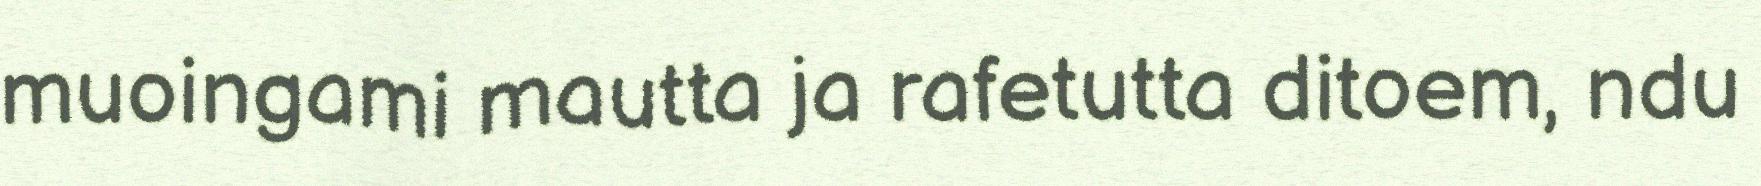
muoingami mautta ja rafetutta ditoem, ndu